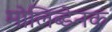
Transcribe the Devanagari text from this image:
मोलिब्डेनक